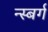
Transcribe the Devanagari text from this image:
न्स्बर्ग